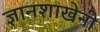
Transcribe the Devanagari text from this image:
ज्ञानशाखेनी